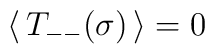
\:\langle\, T_{--}(\sigma)\, \rangle = 0\: